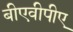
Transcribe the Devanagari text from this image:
बीएवीपीए